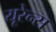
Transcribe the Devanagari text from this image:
यूरेन्स